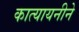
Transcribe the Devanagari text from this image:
कात्यायनीने